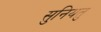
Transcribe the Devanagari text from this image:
सुनियतु